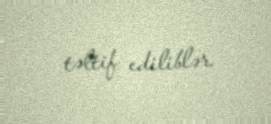
təltif ediliblər.